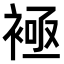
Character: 𧛘